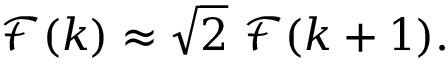
\mathscr { F } ( k ) \approx \sqrt { 2 } ~ \mathscr { F } ( k + 1 ) .